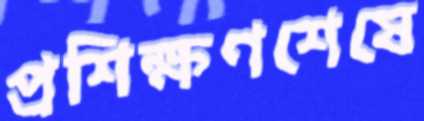
প্রশিক্ষণশেষে